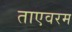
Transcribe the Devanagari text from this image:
ताएवरम